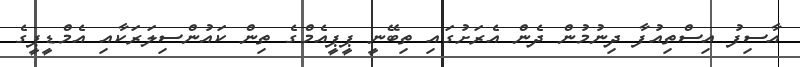
އާސިފު އިސްތިއުފާ ދިނުމުން ދެން އެރަށުގައި ތިބޭނީ ޕީޕީއެމްގެ ތިން ކައުންސިލަރަކާއި އެމްޑީޕީގެ